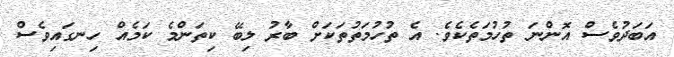
އަބަދުވެސް އޮންނަ ތުހުމަތެކެވެ. އެ ތުހުމަތުތަކަށް ބާރު ލިބޭ ކިތަންމެ ކަމެއް ހިނގައިވެސް